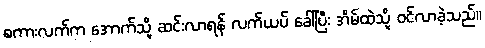
စကားလက်က အောက်သို့ ဆင်းလာရန် လက်ယပ် ခေါ်ပြီး အိမ်ထဲသို့ ဝင်လာခဲ့သည်။